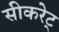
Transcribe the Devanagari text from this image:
सीकरेट्